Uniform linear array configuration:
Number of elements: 16
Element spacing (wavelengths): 0.75
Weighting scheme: blackman
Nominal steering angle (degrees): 15
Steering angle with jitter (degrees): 14.439
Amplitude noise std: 0.05
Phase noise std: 0.05

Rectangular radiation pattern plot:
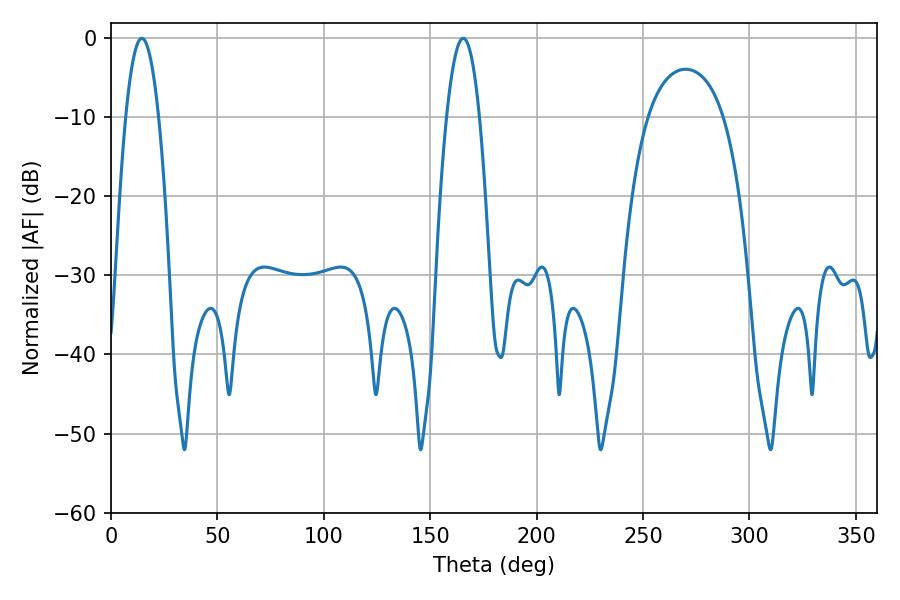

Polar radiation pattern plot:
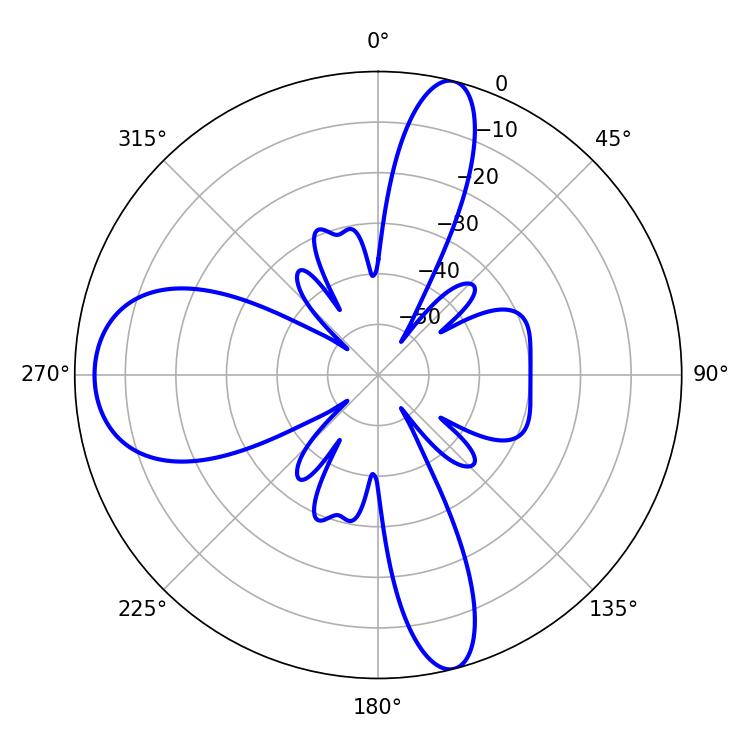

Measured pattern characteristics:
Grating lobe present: TRUE
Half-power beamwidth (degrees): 8.46
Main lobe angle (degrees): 14.4